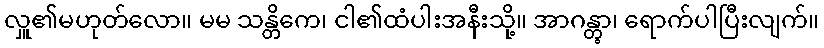
လှူ၏မဟုတ်လော။ မမ သန္တိကေ၊ ငါ၏ထံပါးအနီးသို့။ အာဂန္တွာ၊ ရောက်ပါပြီးလျက်။